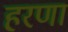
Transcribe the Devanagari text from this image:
हरणा